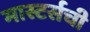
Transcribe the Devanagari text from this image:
मास्टर्सची